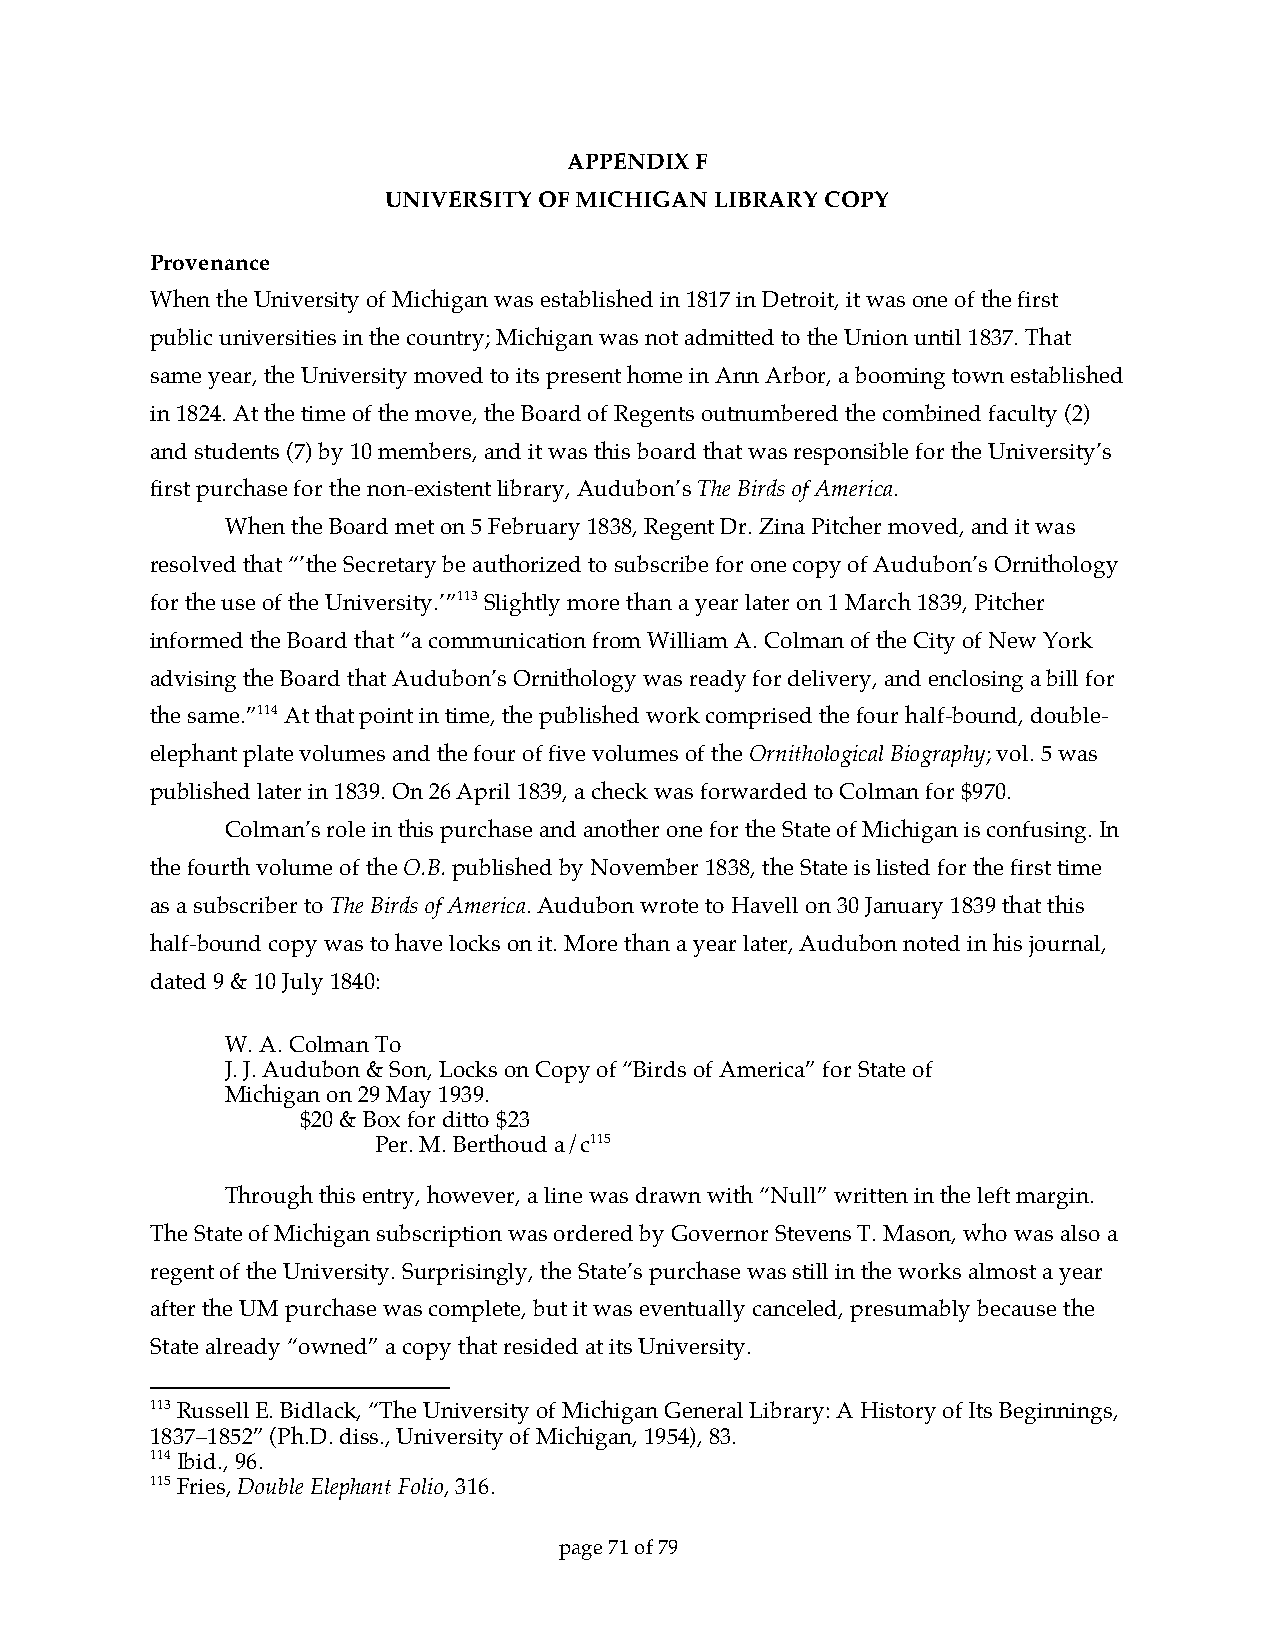
APPENDIX F
 UNIVERSITY OF MICHIGAN LIBRARY COPY
 Provenance
 When the University of Michigan was established in 1817 in Detroit, it was one of the first
 public universities in the country; Michigan was not admitted to the Union until 1837. That
 same year, the University moved to its present home in Ann Arbor, a booming town established
 in 1824. At the time of the move, the Board of Regents outnumbered the combined faculty (2)
 and students (7) by 10 members, and it was this board that was responsible for the University’s
 first purchase for the non-existent library, Audubon’s The Birds of America.
 When the Board met on 5 February 1838, Regent Dr. Zina Pitcher moved, and it was
 resolved that “’the Secretary be authorized to subscribe for one copy of Audubon’s Ornithology
 for the use of the University.’”113 Slightly more than a year later on 1 March 1839, Pitcher
 informed the Board that “a communication from William A. Colman of the City of New York
 advising the Board that Audubon’s Ornithology was ready for delivery, and enclosing a bill for
 the same.”114 At that point in time, the published work comprised the four half-bound, double-
 elephant plate volumes and the four of five volumes of the Ornithological Biography; vol. 5 was
 published later in 1839. On 26 April 1839, a check was forwarded to Colman for $970.
 Colman’s role in this purchase and another one for the State of Michigan is confusing. In
 the fourth volume of the O.B. published by November 1838, the State is listed for the first time
 as a subscriber to The Birds of America. Audubon wrote to Havell on 30 January 1839 that this
 half-bound copy was to have locks on it. More than a year later, Audubon noted in his journal,
 dated 9 & 10 July 1840:
 W. A. Colman To
 J. J. Audubon & Son, Locks on Copy of “Birds of America” for State of
 Michigan on 29 May 1939.
 $20 & Box for ditto $23
 Per. M. Berthoud a/c115
 Through this entry, however, a line was drawn with “Null” written in the left margin.
 The State of Michigan subscription was ordered by Governor Stevens T. Mason, who was also a
 regent of the University. Surprisingly, the State’s purchase was still in the works almost a year
 after the UM purchase was complete, but it was eventually canceled, presumably because the
 State already “owned” a copy that resided at its University.
 113 Russell E. Bidlack, “The University of Michigan General Library: A History of Its Beginnings,
 1837–1852” (Ph.D. diss., University of Michigan, 1954), 83.
 114 Ibid., 96.
 115 Fries, Double Elephant Folio, 316.
 page 71 of 79